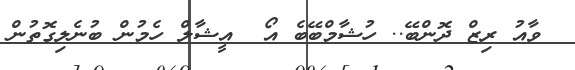
ވާއު ރިޒް ދޮންބޭ.. ހުޝާމްބޭބެ އޯ  އީޝާލް ހެމުން ބުނެލިގޮތުން